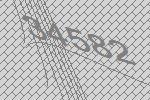
34582